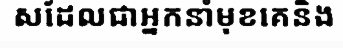
សដែលជាអ្នកនាំមុខគេនិង